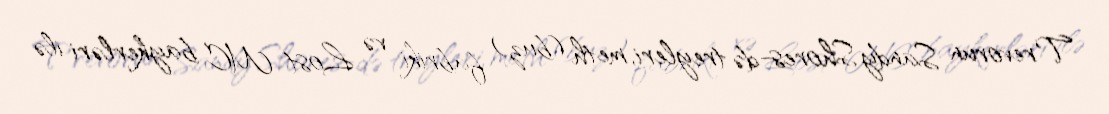
Trevorun Sandy Shores-də treyleri, meth (buz) fabriki və Lost MC baykerləri ilə